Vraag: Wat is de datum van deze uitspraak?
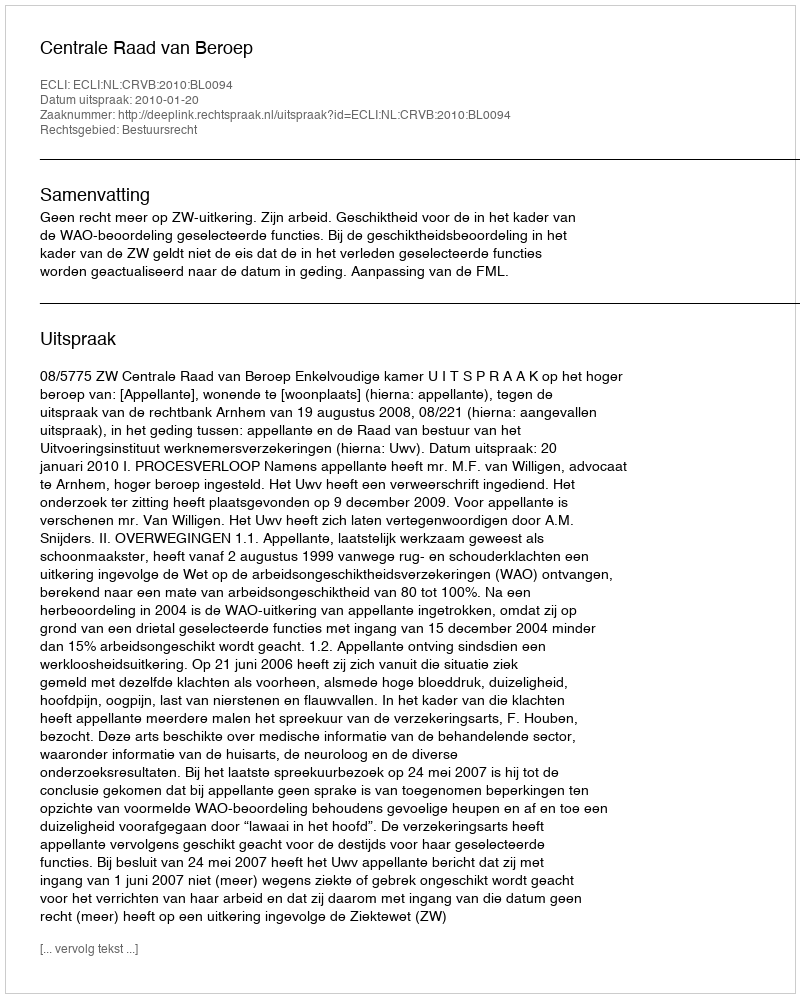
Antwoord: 2010-01-20